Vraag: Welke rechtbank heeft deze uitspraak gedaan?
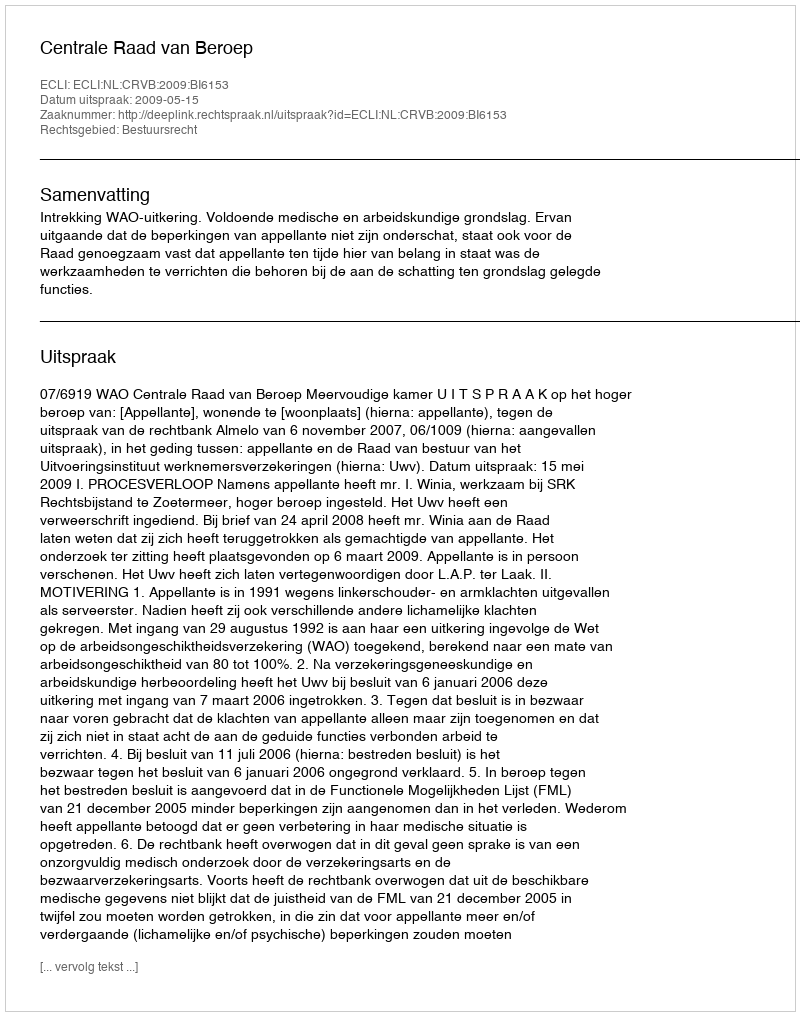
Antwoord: Centrale Raad van Beroep